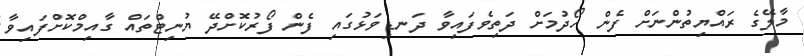
މާލޭގެ ރައްޔިތުންނަށް ފެން ހޯދުމަށް ދަތިވެފައިވާ ދަނޑިވަޅުގައި ފެން ފޯރުކޮށްދޭ ޔުނިޓްތައް ގާއިމްކޮށްފައިވާ